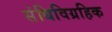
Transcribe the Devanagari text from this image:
संधिविग्रहिक